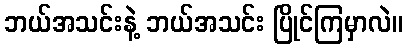
ဘယ်အသင်းနဲ့ ဘယ်အသင်း ပြိုင်ကြမှာလဲ။